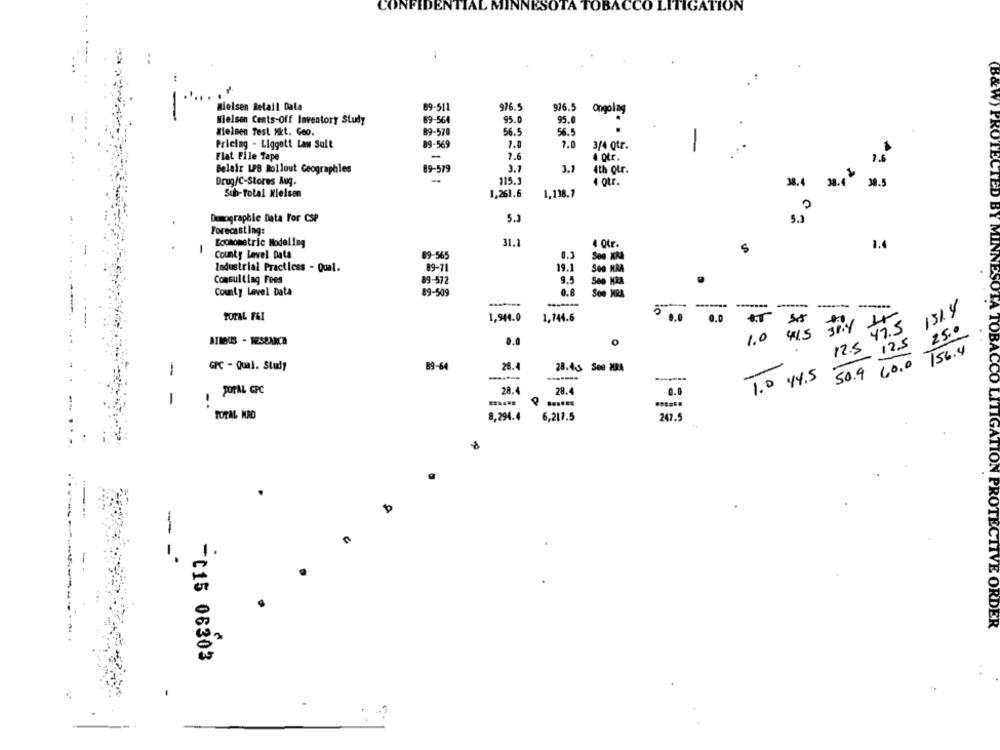
CONE
DENTIAL
CCO LITIGATION
-.
976.5
nielsen Retail Data
89-511
976.5
Ongoing
Nielsen Cents-Off Inventory Study
69-564
95.0
95.0
Melsen Test Mkt. Goo.
89-570
56.5
56.5
Pricing - Liggett Las Sult
89-569
7.0
7.0
3/4 Qtr.
-
Flat File Tape
-
7.6
4 otr.
15
Belair LPB Rollout Geographles
89-579
3.7
J.1
4th otr.
Drug/C-Stores Aug.
115.3
4 Qtr.
38.4 38.4 30.5
Sub-Total Wlelsen
1,261.6
1,138.7
Demographic Data For CSP
5.3
5.3
Forecasting:
Econometric Modeling
31.1
4 Qtr.
5
1.
-
County Level Data
89-565
0.3
Son XRA
Industrial Practless - Qual.
89-71
19.1
Consulting Fees
89-572
9.5
See HRA
County Level Data
89-509
0.8
Soe MRA
-----
TOTAL FAI
1,944.0
1,744.6
0.0
1.0
45
47.5
AIMOUS - RESEARCH
0.0
0
12.5
50.9 60.0 756.4
GPC - Qual. Study
89-64
26.4
28.43 See NBA
1
-------
(B&W) PROTECTED BY MINNESOTA TOBACCO
1.0 44.5
POPAL GPC
28.4
28.4
0.0
1
-
TOTAL KRO
8,294.4
6,217.5
247.5
IGA
ON
n
- -
ROTECTIVE ORDER
-C15 06303